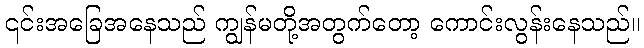
၎င်းအခြေအနေသည် ကျွန်မတို့အတွက်တော့ ကောင်းလွန်းနေသည်။